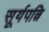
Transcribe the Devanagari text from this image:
सूर्यपत्नि